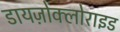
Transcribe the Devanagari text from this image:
डायज़ोक्लोराइड